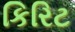
કિરિટ